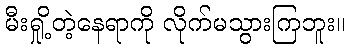
မီးရှို့တဲ့နေရာကို လိုက်မသွားကြဘူး။